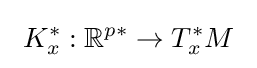
\ K_{x}^{\ast }:\mathbb {R} ^{p\ast }\to T_{x}^{\ast }M~